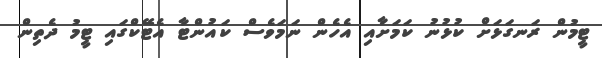
ޓީމުން ރަނގަޅަށް ކުޅުނު ކަމަށާއި އެހެން ނަމަވެސް ކައުންޓާ އެޓޭކްގައި ޓީމު ދެތިން